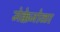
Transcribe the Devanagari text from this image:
मेक्केजोळा